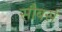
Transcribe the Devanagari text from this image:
सौबर्स